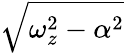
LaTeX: \sqrt{\omega_{z}^{2}-\alpha^{2}}